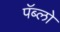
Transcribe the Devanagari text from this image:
पॅब्लो